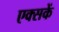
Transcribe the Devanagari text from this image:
एक्सकें